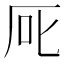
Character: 厑